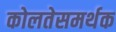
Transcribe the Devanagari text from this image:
कोलतेसमर्थक